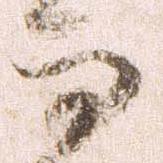
而